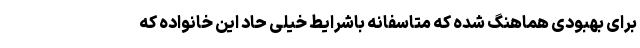
برای بهبودی هماهنگ شده که متاسفانه باشرایط خیلی حاد این خانواده که